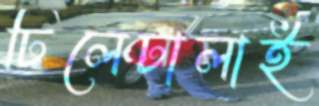
ঢিলেঢালাই